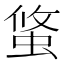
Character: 𧌁